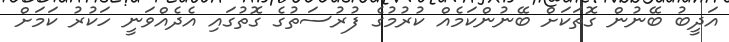
އަދީބު ބޭނުން ގޮތަކަށް ބޭނުންކަމެއް ކުރުމުގެ ފުރުސަތުގެ ގޮތުގައި އެދެއްވަނީ ހަކުރު ކަމަށް